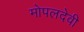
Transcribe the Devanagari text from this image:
मोपलदेवी